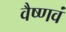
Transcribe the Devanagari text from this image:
वैष्णवं